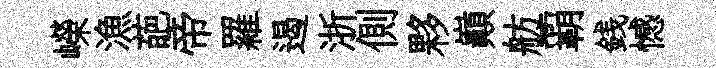
嶸漁葩帝羅遏浙側夥巔舫覇銭憾